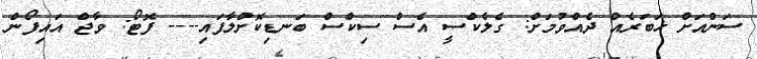
ސަންއަށް ޚަބަރެއް ދެއްވުމަށް: ގެލެކްސީ އެސް ސިކްސް ބަނޑިކޮށްލާފައި---- ފޮޓޯ: ވާޖް އައިފޯން